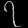
Digit: ၇